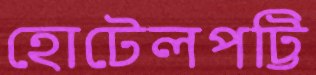
হোটেলপট্টি